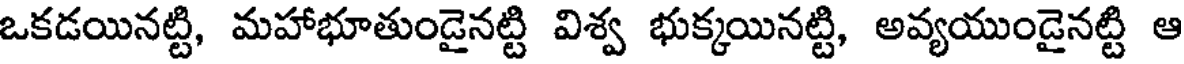
ఒకడయినట్టి, మహాభూతుండైనట్టి విశ్వ భుక్కయినట్టి, అవ్యయుండైనట్టి ఆ